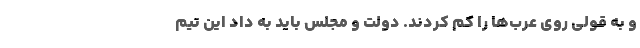
و به قولی روی عرب‌ها را کم کردند. دولت و مجلس باید به داد این تیم